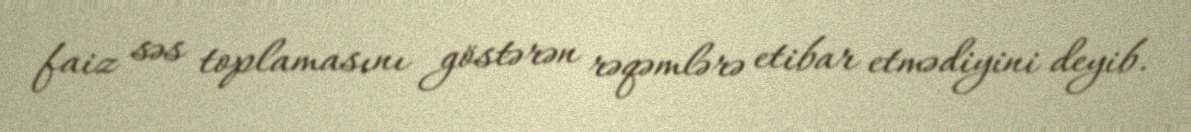
faiz səs toplamasını göstərən rəqəmlərə etibar etmədiyini deyib.